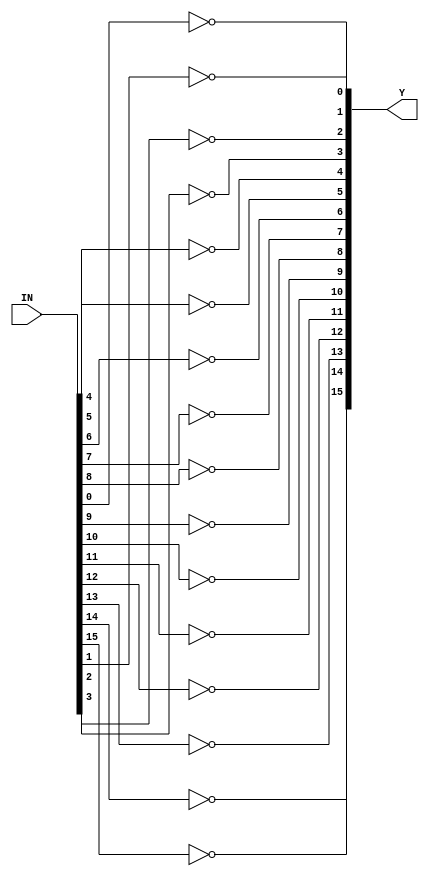
module NEGATOR_16(Y,IN);
    
    output [15:0]Y;
    input [15:0]IN;
        
    nand(Y[0],IN[0],IN[0]);
    nand(Y[1],IN[1],IN[1]);
    nand(Y[2],IN[2],IN[2]);
    nand(Y[3],IN[3],IN[3]);
    nand(Y[4],IN[4],IN[4]);
    nand(Y[5],IN[5],IN[5]);
    nand(Y[6],IN[6],IN[6]);
    nand(Y[7],IN[7],IN[7]);
    nand(Y[8],IN[8],IN[8]);
    nand(Y[9],IN[9],IN[9]);
    nand(Y[10],IN[10],IN[10]);
    nand(Y[11],IN[11],IN[11]);
    nand(Y[12],IN[12],IN[12]);
    nand(Y[13],IN[13],IN[13]);
    nand(Y[14],IN[14],IN[14]);
    nand(Y[15],IN[15],IN[15]);
    
endmodule